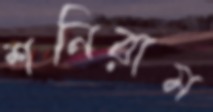
শনিরাম